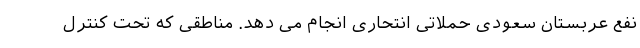
نفع عربستان سعودی حملاتی انتحاری انجام می دهد. مناطقی که تحت کنترل